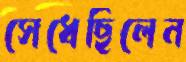
সেধেছিলেন